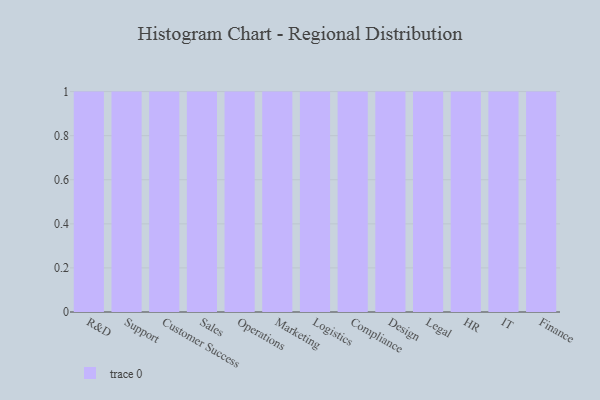
{"axis": {"x": "Department", "y": "Humidity (%)"}, "legend": [""], "data": [{"x": "R&D", "y": 4, "type": ""}, {"x": "Support", "y": 60, "type": ""}, {"x": "Customer Success", "y": 77, "type": ""}, {"x": "Sales", "y": 32, "type": ""}, {"x": "Operations", "y": 26, "type": ""}, {"x": "Marketing", "y": 92, "type": ""}, {"x": "Logistics", "y": 10, "type": ""}, {"x": "Compliance", "y": 30, "type": ""}, {"x": "Design", "y": 98, "type": ""}, {"x": "Legal", "y": 2, "type": ""}, {"x": "HR", "y": 27, "type": ""}, {"x": "IT", "y": 10, "type": ""}, {"x": "Finance", "y": 83, "type": ""}]}